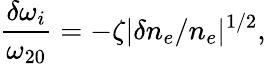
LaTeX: \frac{\delta\omega_{i}}{\omega_{20}}=-\zeta|\delta n_{e}/n_{e}|^{1/2},